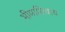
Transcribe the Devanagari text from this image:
भीमाशिवाय